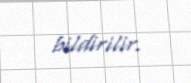
bildirilir.